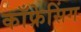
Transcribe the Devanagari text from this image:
काँफ्रेसिंग